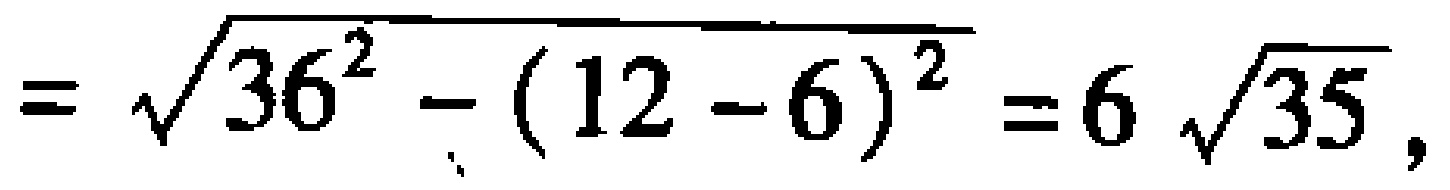
$=\sqrt{36^{2}-(12 - 6)^{2}}=6\sqrt{35},$